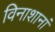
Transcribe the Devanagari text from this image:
विनाशानां